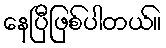
နေပြီဖြစ်ပါတယ်။